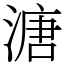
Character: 溏